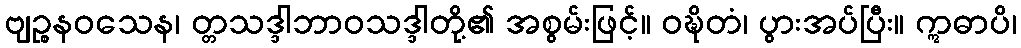
ဗျဉ္စနဝသေန၊ တ္တသဒ္ဒါဘာဝသဒ္ဒါတို့၏ အစွမ်းဖြင့်။ ဝဍ္ဎိတံ၊ ပွားအပ်ပြီး။ ဣဓာပိ၊